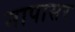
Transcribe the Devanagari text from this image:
नापासर